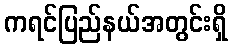
ကရင်ပြည်နယ်အတွင်းရှိ